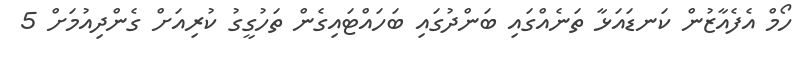
ހޯމް އެފެއާޒުން ކަނޑައަޅާ ތަނެއްގައި ބަންދުގައި ބަހައްޓައިގެން ތަހުގީގު ކުރިއަށް ގެންދިއުމަށް 5